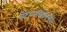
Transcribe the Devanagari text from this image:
वेदान्तार्थप्रवक्तारं